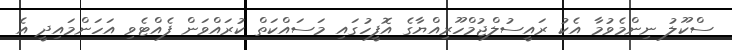
ސްކޫލު ނިންމެވުމާ އެކު ރައީސުލްޖުމްހޫރިއްޔާގެ އޮފީހުގައި މަސައްކަތް ކުރައްވަން ފެއްޓެވި އަހަންމައިދީ އެ